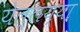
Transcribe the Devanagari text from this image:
येल्लय्या